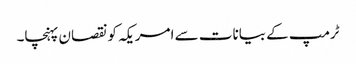
ٹرمپ کے بیانات سے امریکہ کونقصان پہنچا۔